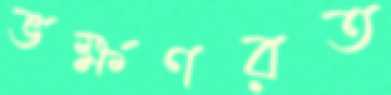
ভক্ষণরত